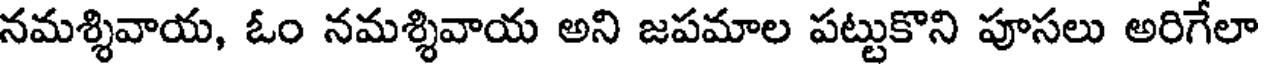
నమశ్శివాయ, ఓం నమశ్శివాయ అని జపమాల పట్టుకొని పూసలు అరిగేలా